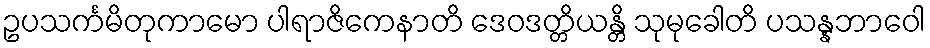
ဥပသင်္ကမိတုကာမော ပါရာဇိကေနာတိ ဒေဝဒတ္တိယန္တိ သုမုခေါတိ ပသန္နဘာဝေါ